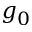
g _ { 0 }